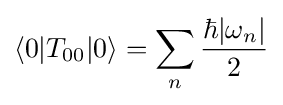
\langle 0|T_{00}|0\rangle =\sum _{n}{\frac {\hbar |\omega _{n}|}{2}}